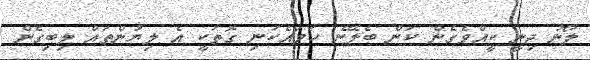
ލޯނު ދިނީ ކީއްވެގެން ކަން ބެލޭނެ ހަމައެކަނި ގޮތަކީ އެ ލިޔުންތައް ލިބިގެން